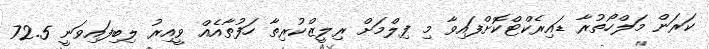
ކަރަން މަލްހޯތުރާ ޑައިރެކްޓްކޮށްފައިވާ މި ފިލްމަށް ރިލީޒްކުރިތާ ހަފުތާއެއް ވީއިރު ލިބިފައިވަނީ 72.5